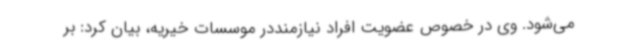
می‌شود. وی در خصوص عضویت افراد نیازمنددر موسسات خیریه، بیان کرد: بر